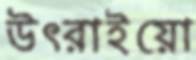
উৎরাইয়ো